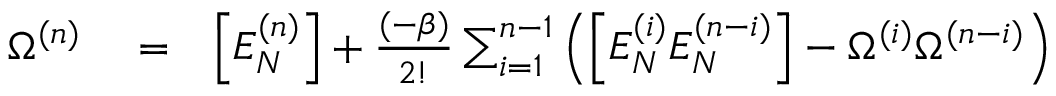
\begin{array} { r l r } { \Omega ^ { ( n ) } } & { { } = } & { \left[ E _ { N } ^ { ( n ) } \right] + \frac { ( - \beta ) } { 2 ! } \sum _ { i = 1 } ^ { n - 1 } \left( \left[ E _ { N } ^ { ( i ) } E _ { N } ^ { ( n - i ) } \right] - \Omega ^ { ( i ) } \Omega ^ { ( n - i ) } \right) } \end{array}